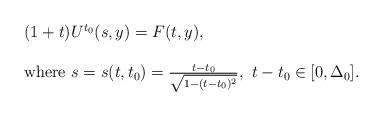
LaTeX: \begin{align*}\begin{array}{ll}(1+t )U^{t_{ 0}}(s,y)=F(t,y),\\\\\mbox{where}~s=s(t,t_0)=\frac{t-t_{0}}{\sqrt{1-(t-t_{0})^2}},~t-t_{ 0}\in [0,\Delta_0].\end{array}\end{align*}